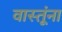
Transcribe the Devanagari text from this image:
वास्तूंना